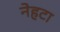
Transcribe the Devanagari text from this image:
नेहटा